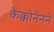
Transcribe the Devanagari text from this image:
केक्कोनेनने